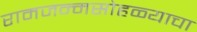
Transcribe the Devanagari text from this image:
रामजन्मसोहळ्याचा